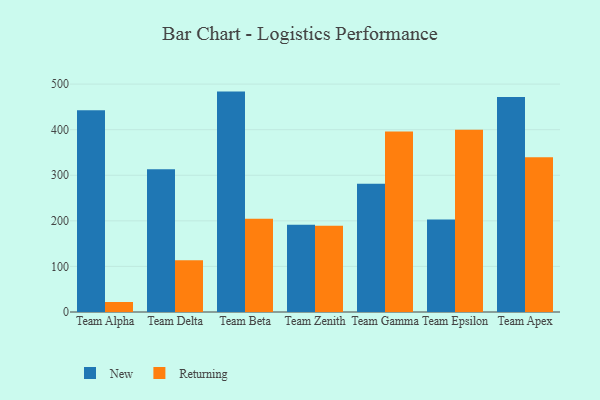
{"axis": {"x": "Team", "y": "Shipments"}, "legend": ["New", "Returning"], "data": [{"x": "Team Alpha", "y": 442.6, "type": "New"}, {"x": "Team Alpha", "y": 21.9, "type": "Returning"}, {"x": "Team Delta", "y": 313.4, "type": "New"}, {"x": "Team Delta", "y": 113.3, "type": "Returning"}, {"x": "Team Beta", "y": 483.5, "type": "New"}, {"x": "Team Beta", "y": 204.6, "type": "Returning"}, {"x": "Team Zenith", "y": 191.6, "type": "New"}, {"x": "Team Zenith", "y": 189.0, "type": "Returning"}, {"x": "Team Gamma", "y": 281.6, "type": "New"}, {"x": "Team Gamma", "y": 396.0, "type": "Returning"}, {"x": "Team Epsilon", "y": 203.1, "type": "New"}, {"x": "Team Epsilon", "y": 399.9, "type": "Returning"}, {"x": "Team Apex", "y": 471.4, "type": "New"}, {"x": "Team Apex", "y": 339.3, "type": "Returning"}]}